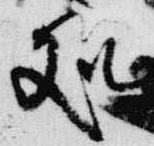
処